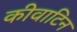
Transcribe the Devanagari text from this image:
कीवाटिन